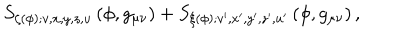
S _ { \zeta ( \phi ) ; v , x , y , z , u } \left( \phi , g _ { \mu \nu } \right) + S _ { \xi ( \phi ) ; v ^ { \prime } , x ^ { \prime } , y ^ { \prime } , z ^ { \prime } , u ^ { \prime } } \left( \phi , g _ { \mu \nu } \right) ,